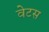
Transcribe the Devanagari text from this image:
वेटस